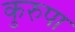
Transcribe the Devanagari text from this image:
कुरुपा